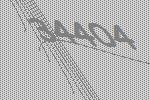
34404